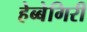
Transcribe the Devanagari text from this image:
हेब्बेगिरी